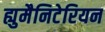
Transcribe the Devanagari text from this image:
ह्युमैनिटेरियन